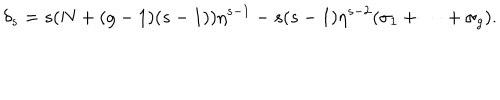
\delta _ { s } = s ( N + ( g - 1 ) ( s - 1 ) ) \eta ^ { s - 1 } - s ( s - 1 ) \eta ^ { s - 2 } ( \sigma _ { 1 } + \cdots + \sigma _ { g } ) .